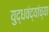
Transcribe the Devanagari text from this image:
युद्धवंद्यांच्या